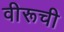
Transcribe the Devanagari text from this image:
वीरूची